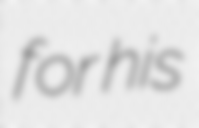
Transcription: for his